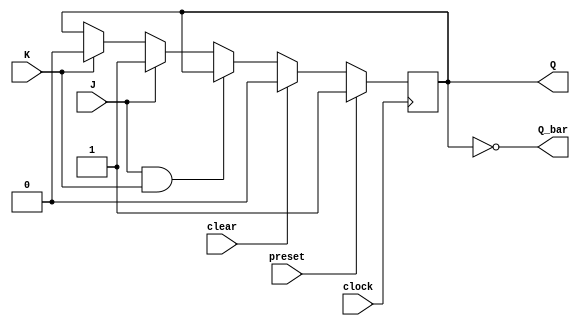
module jk_ff (
    input J, 
    input K, 
    input clock, 
    input preset, 
    input clear, 
    output reg Q, 
    output reg Q_bar
);

always @(posedge clock)
begin
    if (preset)
        Q <= 1'b1;
    else if (clear)
        Q <= 1'b0;
    else if (J && K)
        Q <= Q;
    else if (J)
        Q <= 1'b1;
    else if (K)
        Q <= 1'b0;
end

assign Q_bar = ~Q;

endmodule